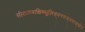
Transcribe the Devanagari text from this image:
सीरध्वजाक्षिमधुलिड्वनरुड्वराङ्घ्रेः।